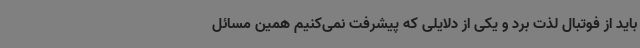
باید از فوتبال لذت برد و یکی از دلایلی که پیشرفت نمی‌کنیم همین مسائل